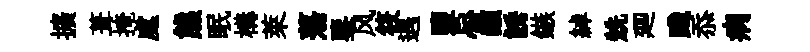
擴葺掩處熊眠構萊蕩鑒风筱遇鹽忌巔誘鏃綽兟廽踐忝病